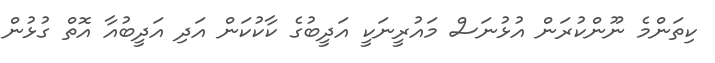
ކިތަންމެ ނޫންކުރަން އުޅުނަސް މައުރީނަކީ އަދީބުގެ ކާކުކަން އަދި އަދީބުއާ އޮތް ގުޅުން